Rangoon Lunatic Asylum 1878-1892 - 1878-1892
Year: 1878
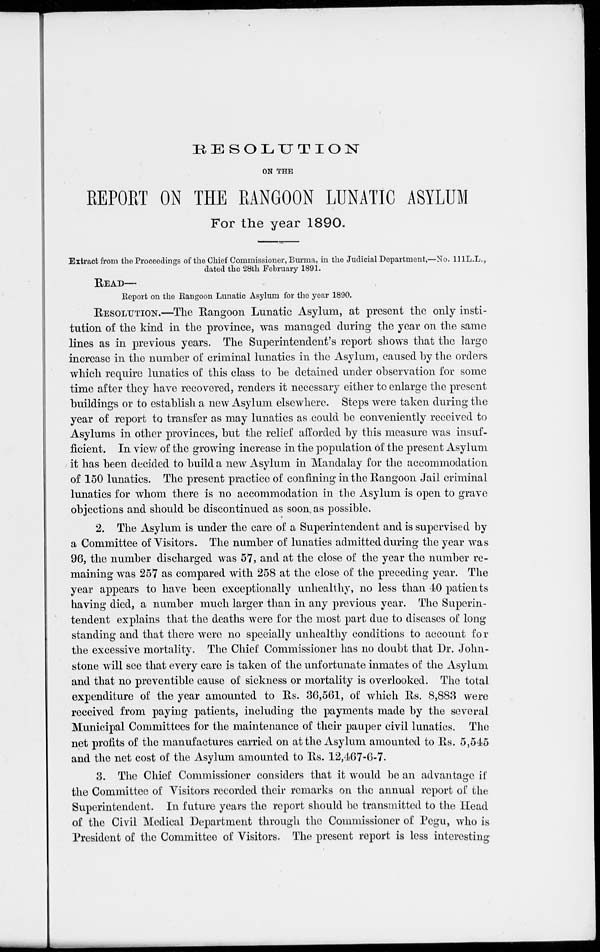
RESOLUTION
ON THE
REPORT ON THE RANGOON LUNATIC ASYLUM
For the year 1890.
Extract from the Proceedings of the Chief Commissioner, Burma, in the Judicial Department,—No. 111L.L.,
dated the 28th February 1891.
READ—
Report on the Rangoon Lunatic Asylum for the year 1890.
RESOLUTION.—The Rangoon Lunatic Asylum, at present the only insti-
tution of the kind in the province, was managed during the year on the same
lines as in previous years. The Superintendent's report shows that the large
increase in the number of criminal lunatics in the Asylum, caused by the orders
which require lunatics of this class to be detained under observation for some
time after they have recovered, renders it necessary either to enlarge the present
buildings or to establish a new Asylum elsewhere. Steps were taken during the
year of report to transfer as may lunatics as could be conveniently received to
Asylums in other provinces, but the relief afforded by this measure was insuf-
ficient. In view of the growing increase in the population of the present Asylum
it has been decided to build a new Asylum in Mandalay for the accommodation
of 150 lunatics. The present practice of confining in the Rangoon Jail criminal
lunatics for whom there is no accommodation in the Asylum is open to grave
objections and should be discontinued as soon as possible.
2. The Asylum is under the care of a Superintendent and is supervised by
a Committee of Visitors. The number of lunatics admitted during the year was
96, the number discharged was 57, and at the close of the year the number re-
maining was 257 as compared with 258 at the close of the preceding year. The
year appears to have been exceptionally unhealthy, no less than 40 patients
having died, a number much larger than in any previous year. The Superin-
tendent explains that the deaths were for the most part due to diseases of long
standing and that there were no specially unhealthy conditions to account for
the excessive mortality. The Chief Commissioner has no doubt that Dr. John-
stone will see that every care is taken of the unfortunate inmates of the Asylum
and that no preventible cause of sickness or mortality is overlooked. The total
expenditure of the year amounted to Rs. 36,561, of which Rs. 8,883 were
received from paying patients, including the payments made by the several
Municipal Committees for the maintenance of their pauper civil lunatics. The
net profits of the manufactures carried on at the Asylum amounted to Rs. 5,545
and the net cost of the Asylum amounted to Rs. 12,467-6-7.
3. The Chief Commissioner considers that it would be an advantage if
the Committee of Visitors recorded their remarks on the annual report of the
Superintendent. In future years the report should be transmitted to the Head
of the Civil Medical Department through the Commissioner of Pegu, who is
President of the Committee of Visitors. The present report is less interesting